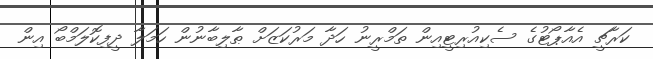
ކަރާޗީ އެއާޕޯޓުގެ ސެކިއުރިޓީއިން ތަމްރީނު ހަދާ މަރުކަޒަށް ޠާލިބާނުން ހަމަލާ ދީފިކޮލަމްބޯ އިން